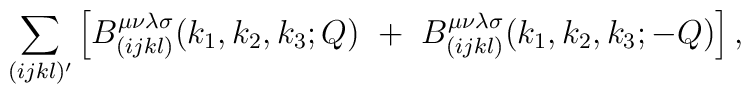
\sum_{(ijkl)'} \left [B_{(ijkl)}^{\mu \nu \lambda \sigma}(k_1, k_2, k_3;Q) ~+~B_{(ijkl)}^{\mu \nu \lambda \sigma}(k_1, k_2, k_3;-Q) \right ],